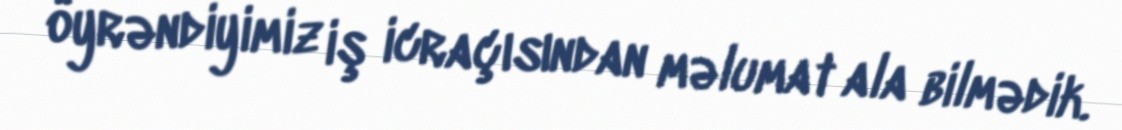
öyrəndiyimiz iş icraçısından məlumat ala bilmədik.